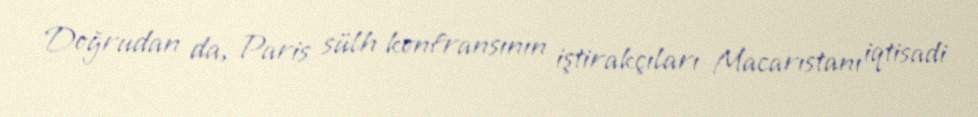
Doğrudan da, Paris sülh konfransının iştirakçıları Macarıstanı iqtisadi